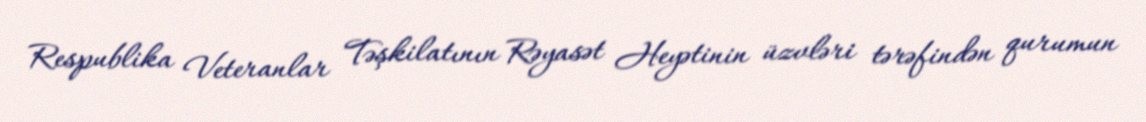
Respublika Veteranlar Təşkilatının Rəyasət Heyətinin üzvləri tərəfindən qurumun